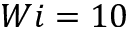
W i = 1 0